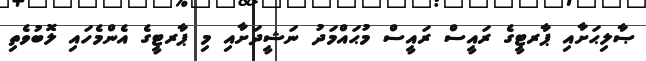
ޞާލިޙަށާއި ޕާރޓީގެ ރައީސް ރައީސް މުޙައްމަދު ނަޝީދަށާއި މި ޕާރޓީގެ އެންމެހައި ލޮބުވެތި